Jaan_Tonisson_(Lasteleht), lk 212
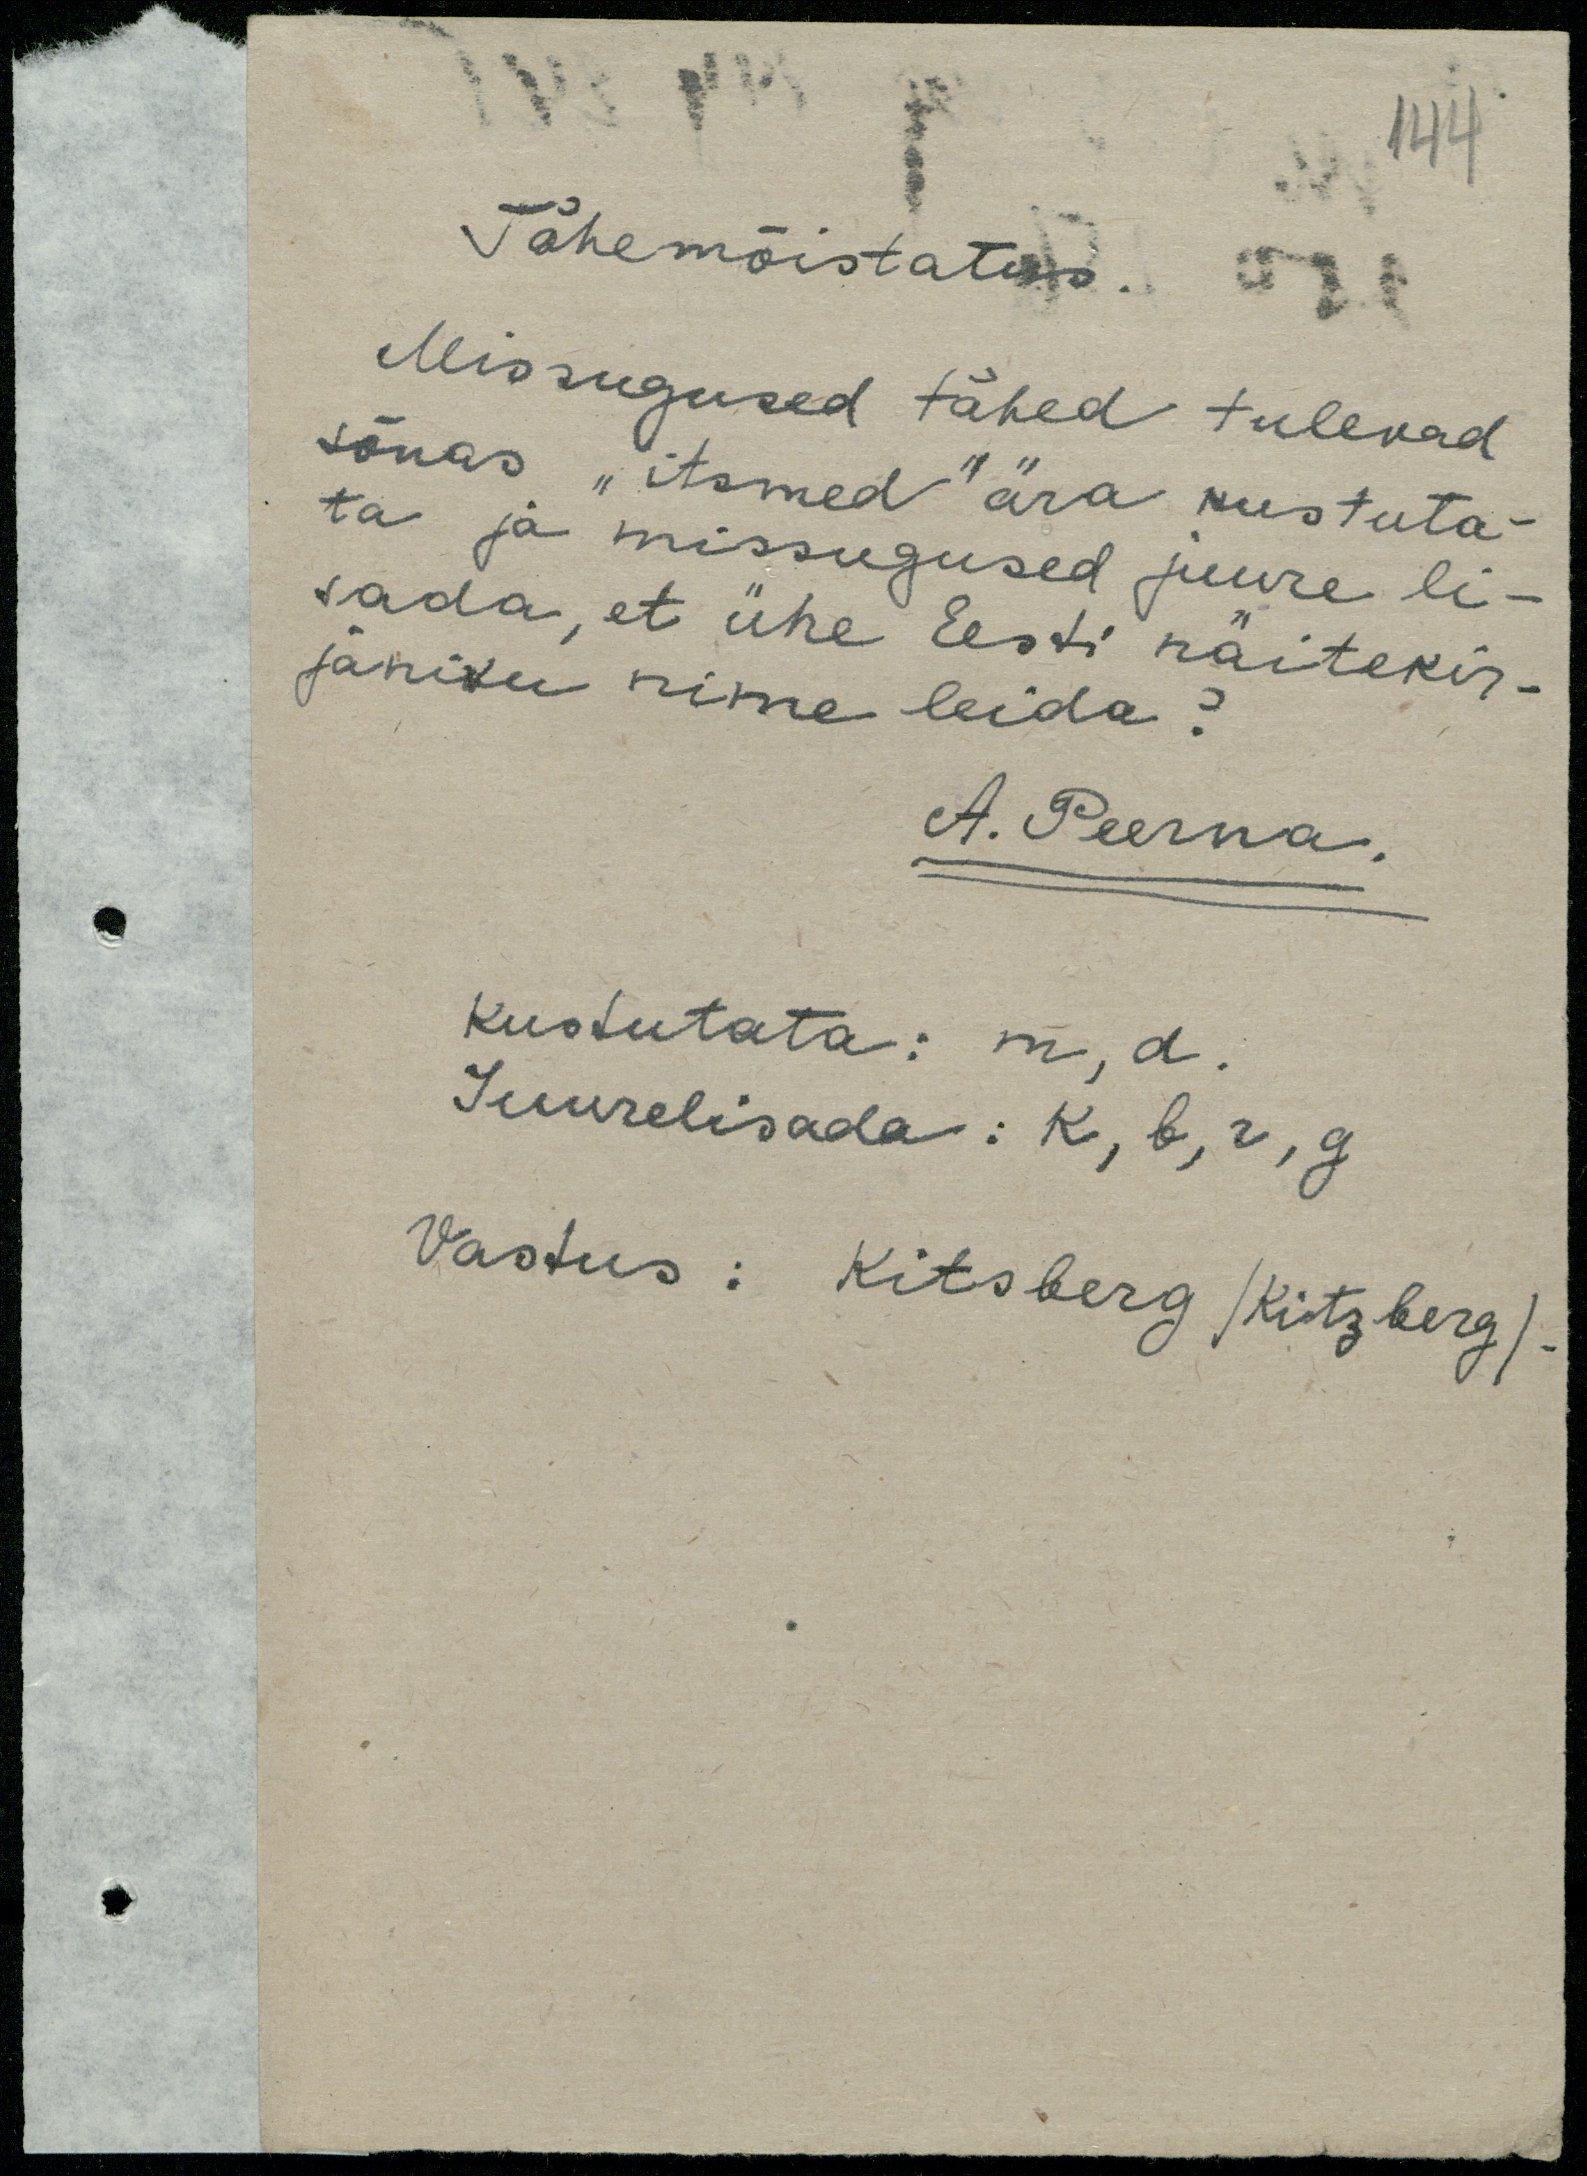
Tähemõistatus.
Missugused tähed tulevad
sõnas "itsmed" ära kustuta-
ta ja missugused juure li-
sada, et ühe Eesti näitekir-
janiku nime leida?
A. Peerna
Kustutata: m, d.
Juurelisada: K, b, r, g.
Vastus: Kitsberg /Kitzberg/.